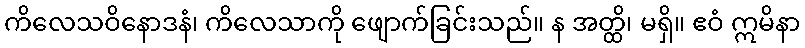
ကိလေသဝိနောဒနံ၊ ကိလေသာကို ဖျောက်ခြင်းသည်။ န အတ္ထိ၊ မရှိ။ ဧဝံ ဣမိနာ